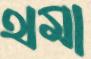
থমা